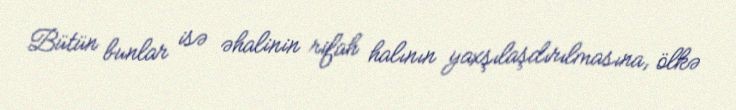
Bütün bunlar isə əhalinin rifah halının yaxşılaşdırılmasına, ölkə